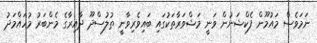
ނަމަވެސް މައުމޫން ފެކްޝަނުން ވަނީ މަޝްވަރާތަކުގައި ބައިވެރިވާނީ ތުލުސްދޫ ދާއިރާގެ މެންބަރު މުހައްމަދު